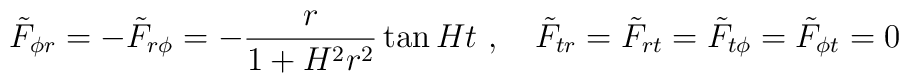
{\tilde F}_{\phi r}=-{\tilde F}_{r\phi}=-\frac{r}{1+H^2r^2}\tan Ht\ ,\quad{\tilde F}_{tr}={\tilde F}_{rt}={\tilde F}_{t\phi}={\tilde F}_{\phi t}=0